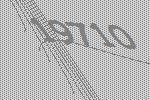
19710